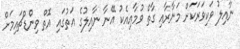
ނާއިލު ވަކިވަރަކަށް މަނާރާއި ގާތް ވުމާއިއެކު އޭނާ ނާއިލުގެ އަތުގައި އޮތް ވިންޑްޗައިމަށް